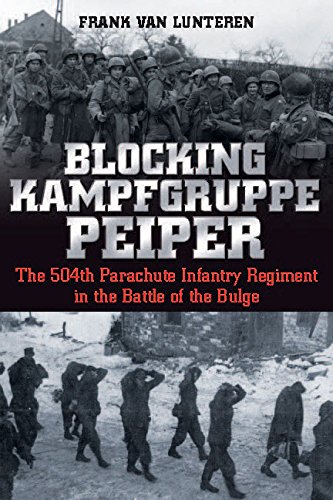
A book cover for Blocking Kampfgruppe Peiper: The 504th Parachute Infantry Regiment in the Battle of the Bulge; Frank van Lunteren; History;